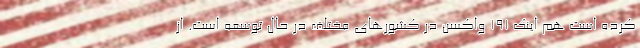
کرده است هم اینک ۱۹۱ واکسن در کشور‌های مختلف در حال توسعه است. از